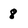
Character: 8